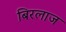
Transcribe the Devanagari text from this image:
बिरलाज